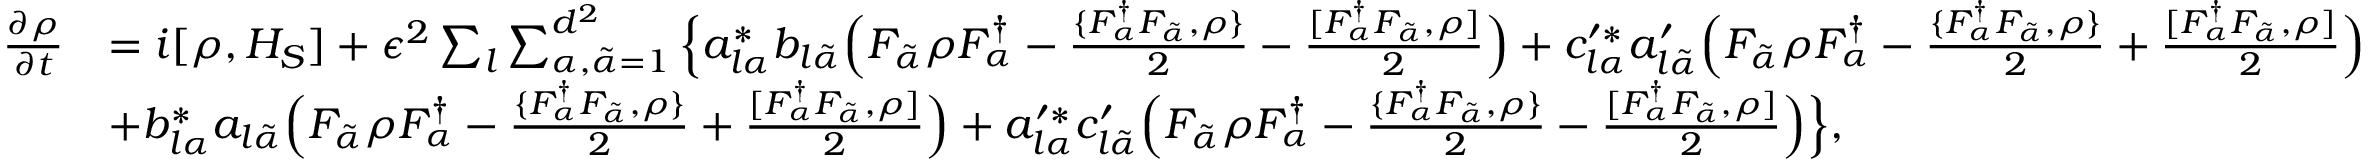
\begin{array} { r l } { \frac { \partial { \rho } } { \partial t } } & { = i [ \rho , H _ { S } ] + \epsilon ^ { 2 } \sum _ { l } \sum _ { \alpha , { \tilde { \alpha } } = 1 } ^ { d ^ { 2 } } \Big \{ a _ { l \alpha } ^ { * } b _ { l { \tilde { \alpha } } } \Big ( F _ { \tilde { \alpha } } \rho F _ { \alpha } ^ { \dagger } - \frac { \{ F _ { \alpha } ^ { \dagger } F _ { \tilde { \alpha } } , \rho \} } { 2 } - \frac { [ F _ { \alpha } ^ { \dagger } F _ { \tilde { \alpha } } , \rho ] } { 2 } \Big ) + c _ { l \alpha } ^ { \prime * } a _ { l { \tilde { \alpha } } } ^ { \prime } \Big ( F _ { \tilde { \alpha } } \rho F _ { \alpha } ^ { \dagger } - \frac { \{ F _ { \alpha } ^ { \dagger } F _ { \tilde { \alpha } } , \rho \} } { 2 } + \frac { [ F _ { \alpha } ^ { \dagger } F _ { \tilde { \alpha } } , \rho ] } { 2 } \Big ) } \\ & { + b _ { l \alpha } ^ { * } a _ { l { \tilde { \alpha } } } \Big ( F _ { \tilde { \alpha } } \rho F _ { \alpha } ^ { \dagger } - \frac { \{ F _ { \alpha } ^ { \dagger } F _ { \tilde { \alpha } } , \rho \} } { 2 } + \frac { [ F _ { \alpha } ^ { \dagger } F _ { \tilde { \alpha } } , \rho ] } { 2 } \Big ) + a _ { l \alpha } ^ { \prime * } c _ { l { \tilde { \alpha } } } ^ { \prime } \Big ( F _ { \tilde { \alpha } } \rho F _ { \alpha } ^ { \dagger } - \frac { \{ F _ { \alpha } ^ { \dagger } F _ { \tilde { \alpha } } , \rho \} } { 2 } - \frac { [ F _ { \alpha } ^ { \dagger } F _ { \tilde { \alpha } } , \rho ] } { 2 } \Big ) \Big \} , } \end{array}